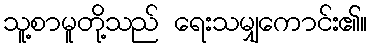
သူ့စာမူတို့သည် ရေးသမျှကောင်း၏။